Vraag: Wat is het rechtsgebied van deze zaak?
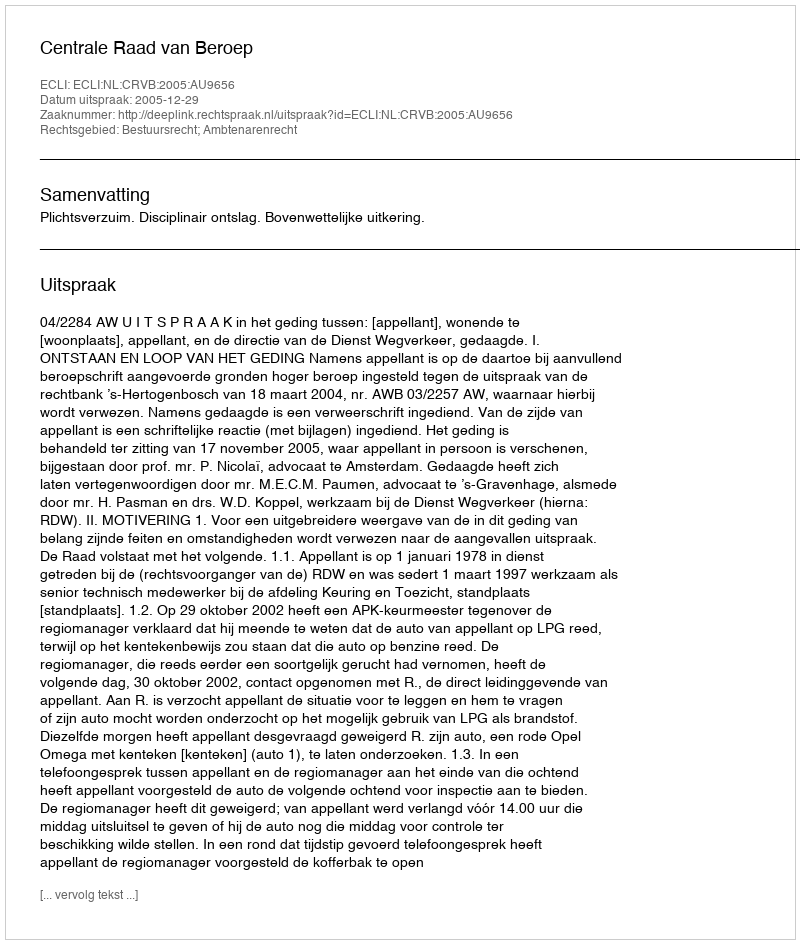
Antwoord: Bestuursrecht; Ambtenarenrecht